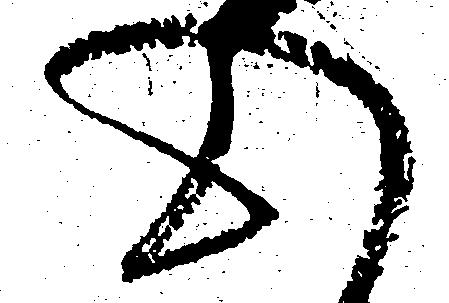
心